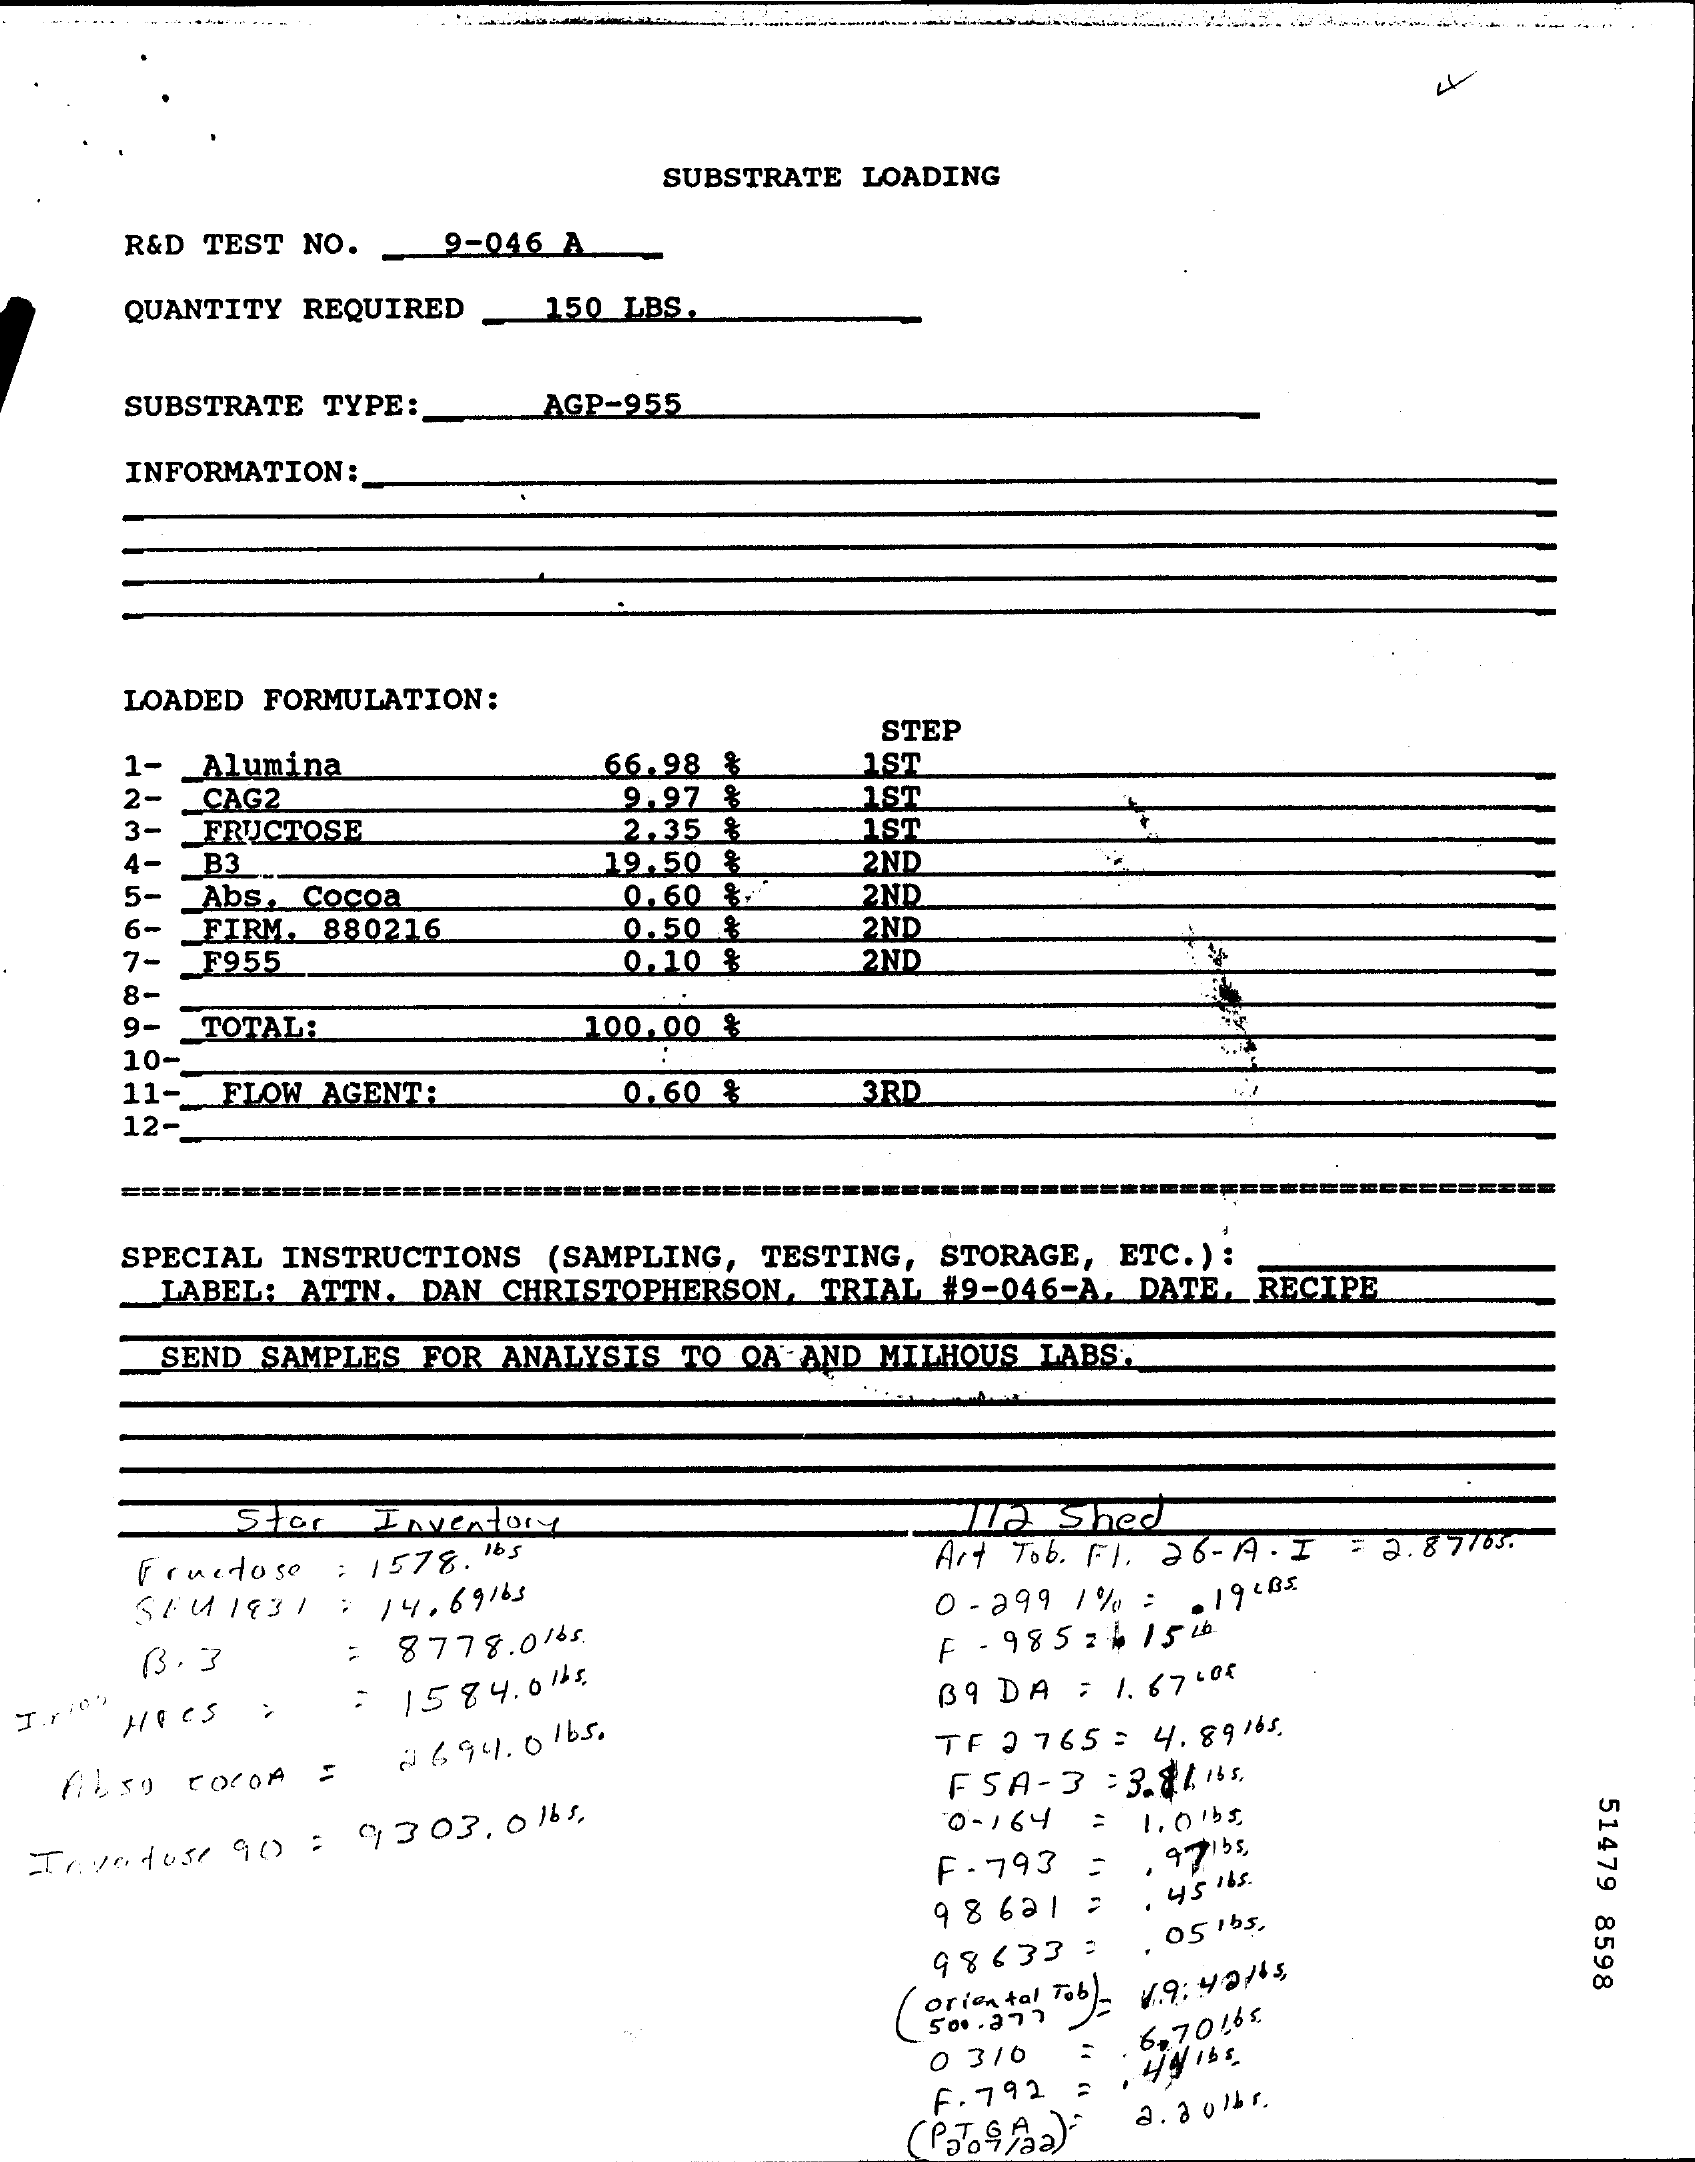
SUBSTRATE LOADING
     R&D TEST NO.  9-046 A
     QUANTITY REQUIRED 150 LBS
     SUBSTRATE TYPE:   AGP-955
     INFORMATION:
     LOADED FORMULATION:
     1- Alumina
     STEP
     2- CAG2
     66.98 %    1ST
     3- _ FRUCTOSE
     9.97 %    1ST
     4- _ B3_
     2.35 %    1ST
     5- Abs. Cocoa
     19.50 %
     6- _FIRM. 880216
     0.60 %-
     2ND
     2ND
     7- _ F955
     0.50 %
     0.10 %
     2ND
     2ND
     8-
     9- TOTALE    100.00 %
     10-
     11- FLOW AGENT:    0.60 %    3RD
     12-
     ================    ==================
     SPECIAL INSTRUCTIONS (SAMPLING, TESTING, STORAGE, ETC.) :
     LABEL: ATTN. DAN CHRISTOPHERSON, TRIAL #9-046-A. DATE, RECIPE
     SEND SAMPLES FOR ANALYSIS TO QA AND MILHOUS LABS.
     Stor  Inventory    Illa Shed
     Fructose : 1578. 165    Art Tob. Fl. 26- A . I = 2. 87763.
     SEM 1931 : 14.69165    0 - 299 1% : . 19 <3<
     : 8778.0165.    F - 985 24154
  J.rich HECS : : 1584.005    39 DA : 1. 6740 €
   Also COCOA =   # 694.0 1 bs.    TF 2 765 : 4. 89165.
     FSA-3  :3.8175
     0- 164
     51479
     8598
  Tavolose 90 : 9303. 0 16s.    1.015
     F-793 -  . 9715
     9 8 601 : . 45 1 6s .
     98633 :  . 05 1bs.
     Oriental Tob )-
     504 .377
     0 3/6
     6,70 16
     F. 792
     2. 2 01hr.